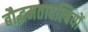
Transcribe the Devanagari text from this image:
बौद्धमतावल्बियों